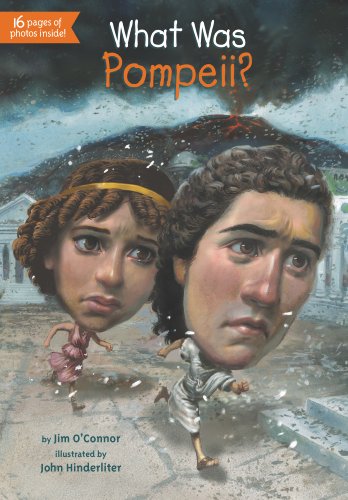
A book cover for What Was Pompeii?; Jim O'Connor; Children's Books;